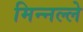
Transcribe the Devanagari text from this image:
मिन्नल्ले